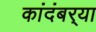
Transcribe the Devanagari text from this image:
कांदंबर्‍या